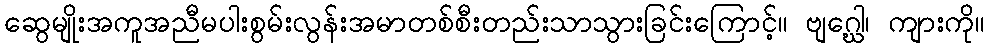
ဆွေမျိုးအကူအညီမပါးစွမ်းလွန်းအမာတစ်စီးတည်းသာသွားခြင်းကြောင့်။ ဗျဂ္ဃေါ၊ ကျားကို။